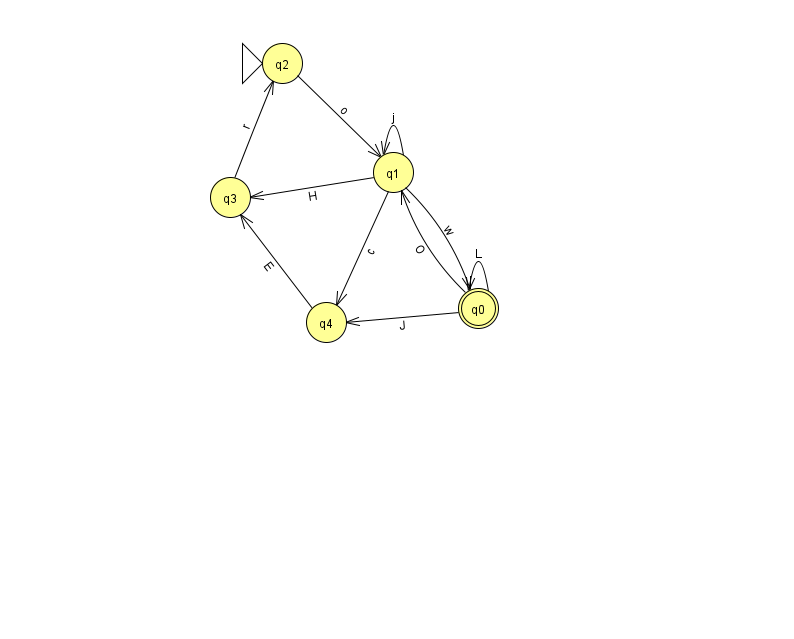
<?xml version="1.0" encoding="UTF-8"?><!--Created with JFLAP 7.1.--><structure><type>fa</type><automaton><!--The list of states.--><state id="0" name="q0"><x>478.0</x><y>295.0</y><final/></state><state id="1" name="q1"><x>393.0</x><y>159.0</y></state><state id="2" name="q2"><x>282.0</x><y>50.0</y><initial/></state><state id="3" name="q3"><x>230.0</x><y>184.0</y></state><state id="4" name="q4"><x>326.0</x><y>309.0</y></state><!--The list of transitions.--><transition><from>0</from><to>4</to><read>J</read></transition><transition><from>1</from><to>0</to><read>w</read></transition><transition><from>3</from><to>2</to><read>r</read></transition><transition><from>0</from><to>1</to><read>O</read></transition><transition><from>1</from><to>1</to><read>j</read></transition><transition><from>0</from><to>0</to><read>L</read></transition><transition><from>1</from><to>3</to><read>H</read></transition><transition><from>4</from><to>3</to><read>E</read></transition><transition><from>1</from><to>4</to><read>c</read></transition><transition><from>2</from><to>1</to><read>o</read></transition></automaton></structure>